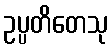
ဥပ္ပတိတေသု